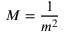
M = { \frac { 1 } { m ^ { 2 } } }